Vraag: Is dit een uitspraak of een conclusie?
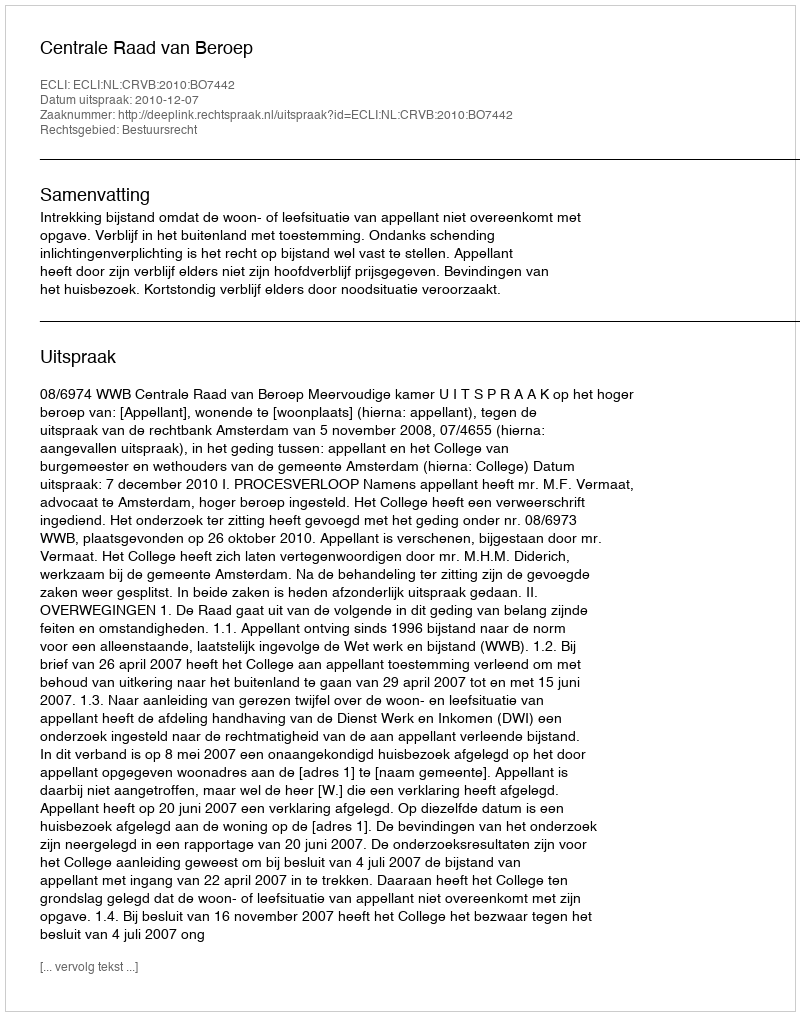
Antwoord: Uitspraak